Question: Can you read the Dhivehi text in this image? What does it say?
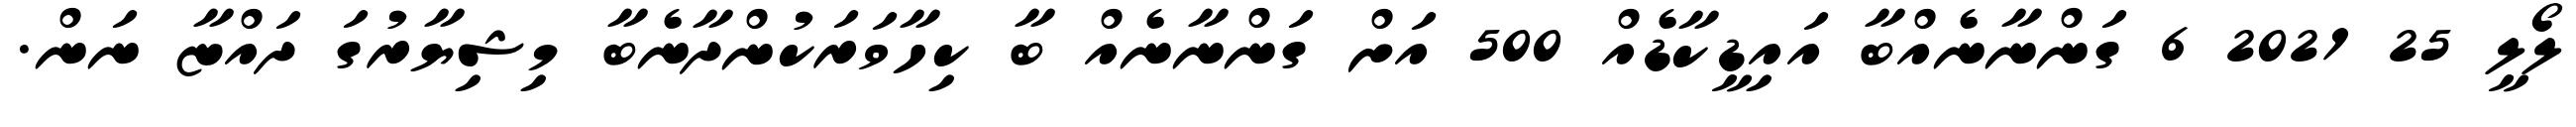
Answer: ލޯލީ 25 2021 6 ގަންނާނެއްބާ އައިޑީކާޑެއް 500 އަށް ގަންނާނެއް ބާ ކިހާވަރަކުންދާނެބާ މިޝިޔާރުގަ ދައްޏާ ނަން.